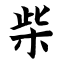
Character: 柴